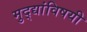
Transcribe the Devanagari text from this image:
मुद्द्यांविषयी